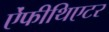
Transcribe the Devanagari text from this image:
ऐंफीथिएटर